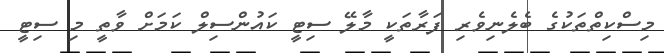
މިސްކިތްތަކުގެ ބެލެނިވެރި ފަރާތަކީ މާލޭ ސިޓީ ކައުންސިލް ކަމަށް ވާތީ މި ސިޓީ